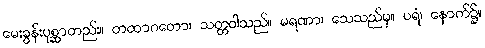
မေးခွန်းပုစ္ဆာတည်း။ တထာဂတော၊ သတ္တဝါသည်။ မရဏာ၊ သေသည်မှ။ ပရံ၊ နောက်၌။